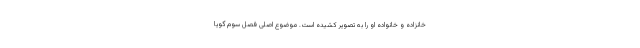
خانزاده و خانواده او را به تصویر کشیده است. موضوع اصلی فصل سوم گویا